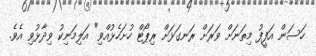
ހަސަން އަފީފު މިތަނަށް ވަރަށް ރަނގަޅަށް ރިޕޯޓް ހުށަހެޅުއްވި" އަލިމަނިކު ވިދާޅުވި އެވެ.